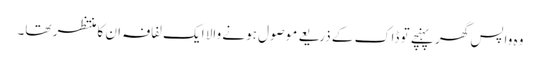
وہ واپس گھر پہنچے تو ڈاک کے ذریعے موصول ہونے والا ایک لفافہ ان کا منتظر تھا۔